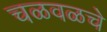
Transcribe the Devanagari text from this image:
चळवळचे